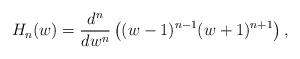
LaTeX: \begin{align*} H_n(w) = \frac{d^n}{dw^n} \left( (w-1)^{n-1}(w+1)^{n+1} \right) ,\end{align*}